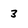
Character: 3